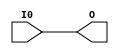
module Or1xNone (
    input I0,
    output O
);
assign O = | I0;
endmodule

module Encoder2 (
    input [1:0] I,
    output [0:0] O
);
Or1xNone Or1xNone_inst0 (
    .I0(I[1]),
    .O(O)
);
endmodule